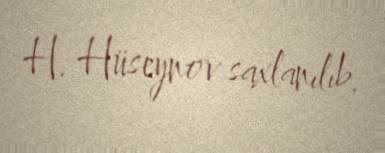
H. Hüseynov saxlanılıb.